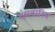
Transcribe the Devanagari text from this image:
गंगवारिय